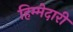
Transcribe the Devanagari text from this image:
हिम्मेदारी